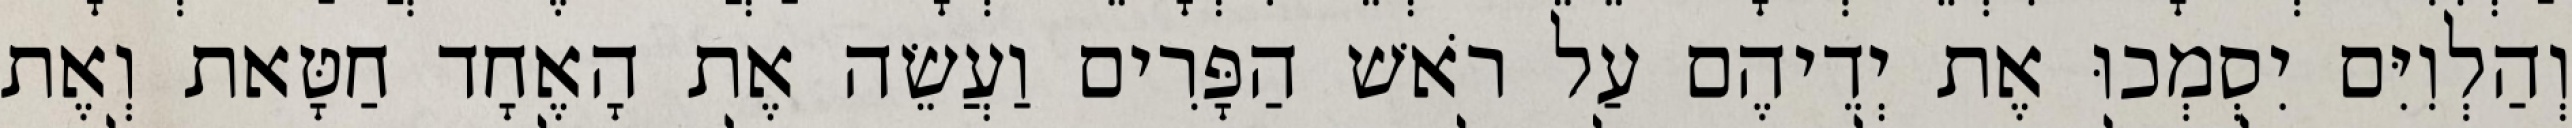
וְהַלְוִיִּם יִסְמְכוּ אֶת יְדֵיהֶם עַל רֹאשׁ הַפָּרִים וַעֲשֵׂה אֶת הָאֶחָד חַטָּאת וְאֶת